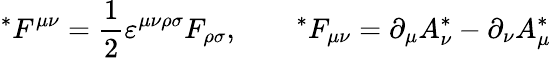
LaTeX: {}^{*}F^{\mu\nu}=\frac 12\varepsilon^{\mu\nu\rho\sigma}F_{\rho\sigma},\qquad{}^{*}F_{\mu\nu}=\partial_{\mu}A_{\nu}^{*}-\partial_{\nu}A_{\mu}^{*}